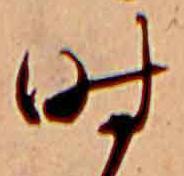
時